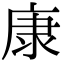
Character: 康